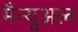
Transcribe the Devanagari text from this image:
मैन्‍युअल